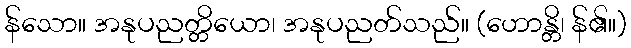
န်သော။ အနုပညတ္တိယော၊ အနုပညတ်သည်။ (ဟောန္တိ၊ န်၏။)